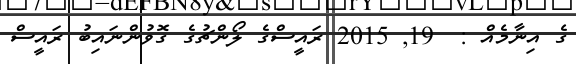
ގެ އިނާމެއް :  19